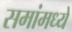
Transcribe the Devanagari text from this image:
समांमध्ये